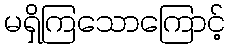
မရှိကြသောကြောင့်